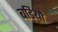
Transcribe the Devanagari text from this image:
बड़ियों